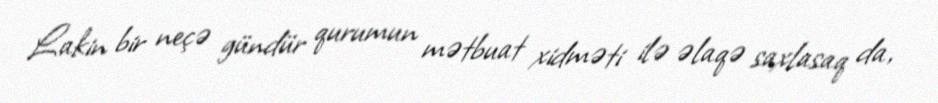
Lakin bir neçə gündür qurumun mətbuat xidməti ilə əlaqə saxlasaq da,